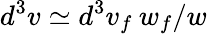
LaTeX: d^{3}v\simeq d^{3}v_{f}\: w_{f}/w